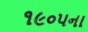
૧૯૦૫ના